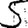
Digit: 5